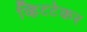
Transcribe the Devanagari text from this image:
व्हिटटेकर